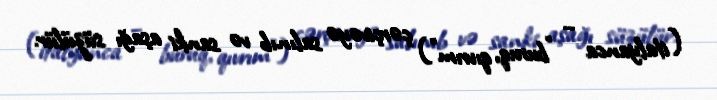
(italyanca – "buruq, qıvrım") çərçivəyə salınıb və sanki aşağı süzülür.